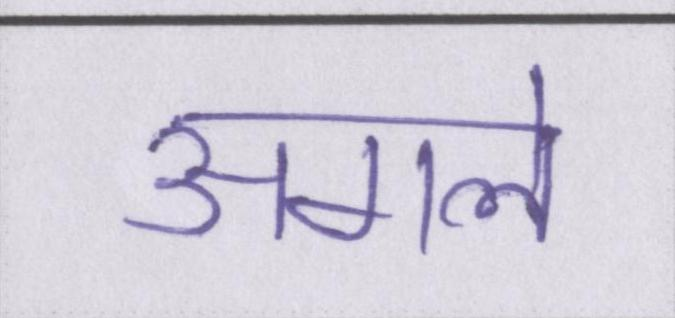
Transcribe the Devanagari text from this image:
अगले